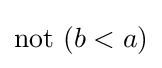
{\text{not }}(b<a)